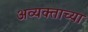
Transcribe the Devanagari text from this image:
अव्यक्ताच्या